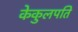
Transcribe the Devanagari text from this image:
केकुलपति